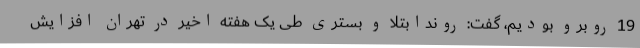
19 روبرو بودیم، گفت: روندابتلا و بستری طی یک هفته اخیر در تهران افزایش